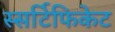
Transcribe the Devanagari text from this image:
स्सर्टिफिकेट